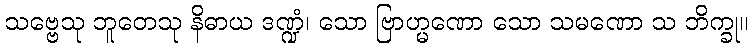
သဗ္ဗေသု ဘူတေသု နိဓာယ ဒဏ္ဍံ၊ သော ဗြာဟ္မဏော သော သမဏော သ ဘိက္ခု။